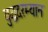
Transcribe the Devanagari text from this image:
युद्धदरम्यान